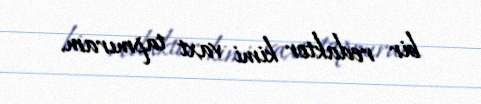
bir redaktor kimi vaxt tapmıram.